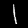
Label: 1